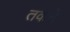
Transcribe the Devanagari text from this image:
तकने